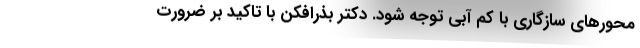
محورهای سازگاری با کم آبی توجه شود. دکتر بذرافکن با تاکید بر ضرورت